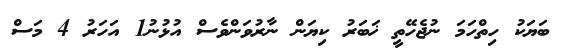
ބަޔަކު ހިތްހަމަ ނުޖެހޭތީ ޚަބަރު ކިޔަން ނާރުވަންވެސް އުޅުނު1 އަހަރު 4 މަސް